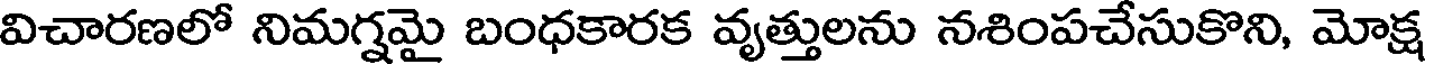
విచారణలో నిమగ్నమై బంధకారక వృత్తులను నశింపచేసుకొని, మోక్ష